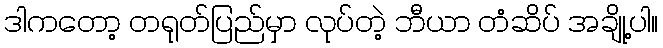
ဒါကတော့ တရုတ်ပြည်မှာ လုပ်တဲ့ ဘီယာ တံဆိပ် အချို့ပါ။